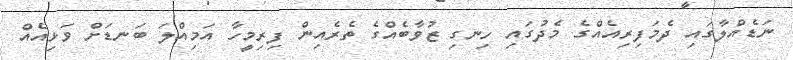
ނަޑެއްލާގައި ދެމަފިރިއެއްގެ މެދުގައި ހިނގި ޒުވާބެއްގެ ތެރެއިން ފިރިމީހާ އަމިއްލަ ބަނޑަށް ވަޅިއެއް